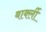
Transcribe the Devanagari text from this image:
बार्क्ली